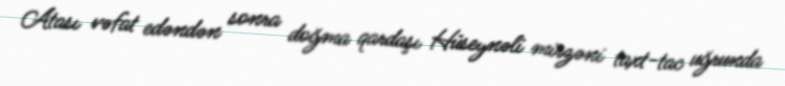
Atası vəfat edəndən sonra doğma qardaşı Hüseynəli mirzəni taxt-tac uğrunda